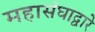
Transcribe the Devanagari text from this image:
महासंघाद्वारे